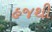
હજથી